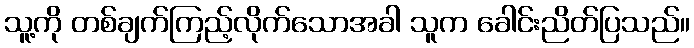
သူ့ကို တစ်ချက်ကြည့်လိုက်သောအခါ သူက ခေါင်းညိတ်ပြသည်။